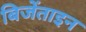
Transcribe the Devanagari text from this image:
बिजेंताइन